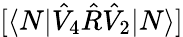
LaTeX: [\langle N|\hat{V}_{4}\hat{R}\hat{V}_{2}|N\rangle]